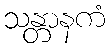
သန္တာနကံ